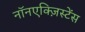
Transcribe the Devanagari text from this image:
नॉनएक्ज़िस्टेंस